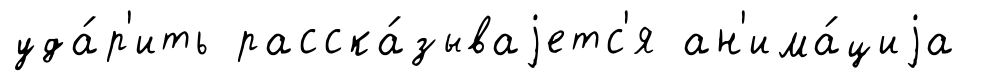
уда́р'ить расска́зываjетс'я ан'има́циjа